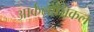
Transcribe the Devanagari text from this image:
आर्कलॉजिकल